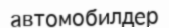
автомобилдер